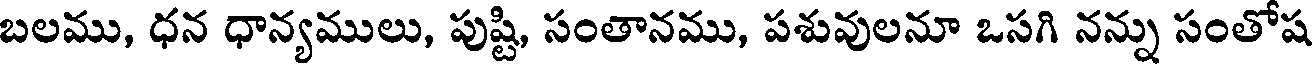
బలము, ధన ధాన్యములు, పుష్టి, సంతానము, పశువులనూ ఒసగి నన్ను సంతోష